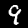
Label: 9